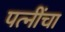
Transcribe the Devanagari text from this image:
पत्नींचा